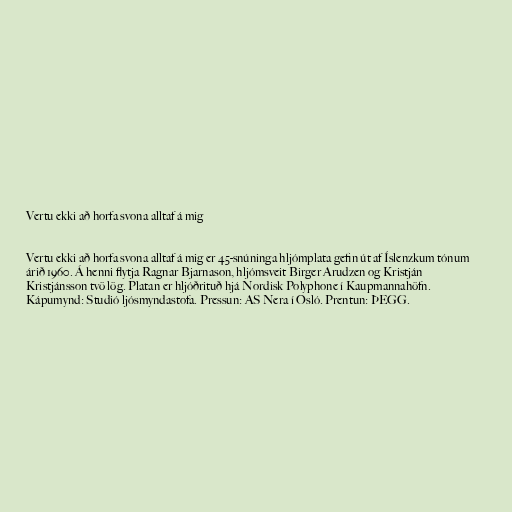
Vertu ekki að horfa svona alltaf á mig

Vertu ekki að horfa svona alltaf á mig er 45-snúninga hljómplata gefin út af Íslenzkum tónum
árið 1960. Á henni flytja Ragnar Bjarnason, hljómsveit Birger Arudzen og Kristján
Kristjánsson tvö lög. Platan er hljóðrituð hjá Nordisk Polyphone í Kaupmannahöfn.
Kápumynd: Studió ljósmyndastofa. Pressun: AS Nera í Osló. Prentun: ÞEGG.